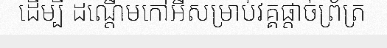
ដើម្បី ដណ្តើមកៅអីសម្រាប់វគ្គផ្តាច់ព្រ័ត្រ